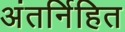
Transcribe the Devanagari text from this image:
अंतर्निहित